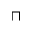
\sqcap